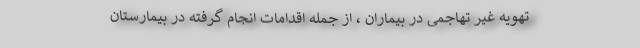
تهویه غیر تهاجمی در بیماران ، از جمله اقدامات انجام گرفته در بیمارستان